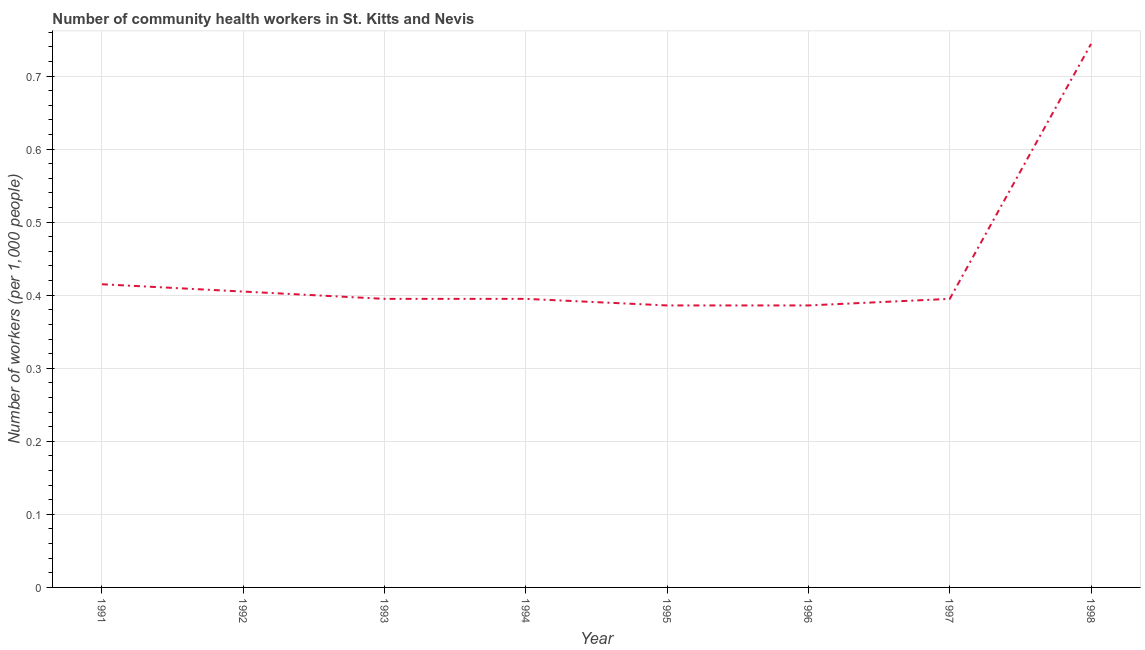
| Year | Community health workers |
 | --- | --- |
 | 1991 | 0.415 |
 | 1992 | 0.405 |
 | 1993 | 0.395 |
 | 1994 | 0.395 |
 | 1995 | 0.386 |
 | 1996 | 0.386 |
 | 1997 | 0.395 |
 | 1998 | 0.744 |